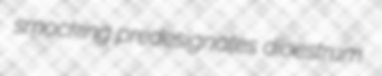
smocking predesignates dioestrum